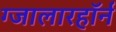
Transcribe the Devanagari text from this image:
ग्जालारहॉर्न